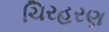
ચિરહરણ